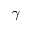
\gamma